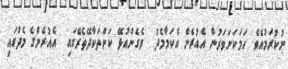
ނުކުރަމުއެވެ. ހަމަކަށަވަރުން އެއުރެން އެކަމާމެދު  ވެގެންއުޅޭ ކަންތަކާދޭތެރޭގައި  އެއުރެންގެ މެދުގައި